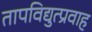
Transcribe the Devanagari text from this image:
तापविद्युत्प्रवाह